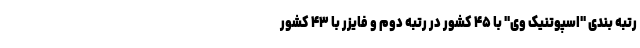
رتبه بندی "اسپوتنیک وی" با ۴۵ کشور در رتبه دوم و فایزر با ۴۳ کشور